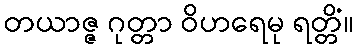
တယာဇ္ဇ ဂုတ္တာ ဝိဟရေမု ရတ္တိံ။